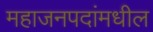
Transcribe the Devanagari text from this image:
महाजनपदांमधील